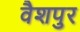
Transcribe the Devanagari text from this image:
वैशपुर